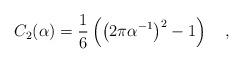
LaTeX: \begin{align*}C_2(\alpha)=\frac 16 \left(\left(2\pi \alpha^{-1}\right)^2-1\right)~~~,\end{align*}